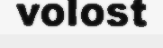
volost